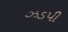
ઝડપી